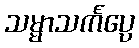
သမ္မာသင်္ကပ္ပေ